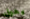
يحول